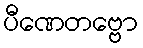
ပီဏေတဗ္ဗော